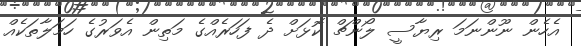
އެހެން ނޫންނަމަ ރިޔާސީ ލޯންޗް ކޮޅަށް ދެ ފަހަރެއްގެ މަތިން އެވަރުގެ ހަމަލާތަކެއް